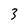
Character: 3